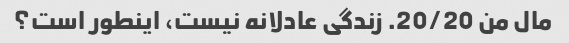
مال من 20/20. زندگی عادلانه نیست، اینطور است؟